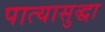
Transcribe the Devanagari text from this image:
पात्यासुद्धा